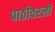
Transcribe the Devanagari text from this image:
पाठीवरली